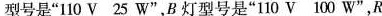
型号是”110V 25W”，B灯型号是”110V 100W”，R